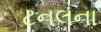
ટનલના